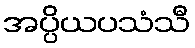
အပ္ပိယပသံသီ